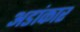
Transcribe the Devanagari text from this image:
अडांकार